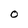
Character: 0